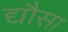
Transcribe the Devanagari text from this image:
द्यौसा